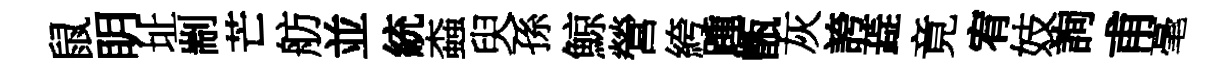
鼠眀址剬芒舫並統螙臾孫鯨營絝踵甑灰誇蕋竟宥妓詢甫毫